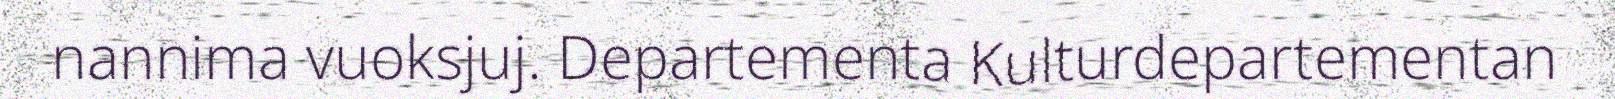
nannima vuoksjuj. Departementa Kulturdepartementan